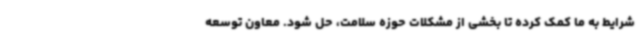
شرایط به ما کمک کرده تا بخشی از مشکلات حوزه سلامت، حل شود. معاون توسعه